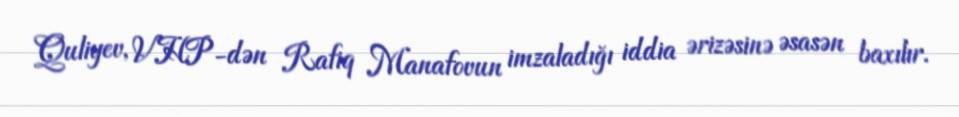
Quliyev, VHP-dən Rafiq Manafovun imzaladığı iddia ərizəsinə əsasən baxılır.